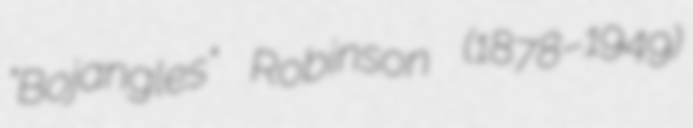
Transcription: "Bojangles" Robinson (1878–1949)